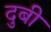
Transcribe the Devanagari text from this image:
दुबी